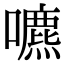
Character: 𡂘